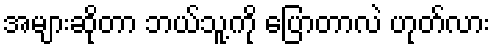
အများဆိုတာ ဘယ်သူ့ကို ပြောတာလဲ ဟုတ်လား